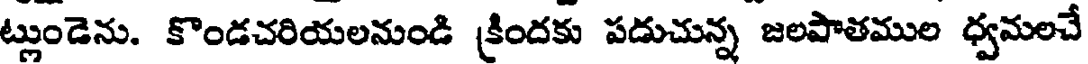
ట్లుండెను. కొండచరియలనుండి క్రిందకు పడుచున్న జలపాతముల ధ్వమలచే